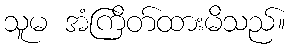
သူမ အံကြိတ်ထားမိသည်။